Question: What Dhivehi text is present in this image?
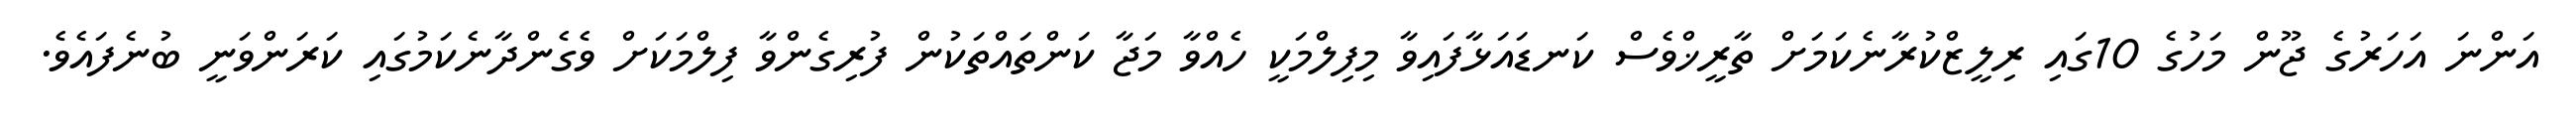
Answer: އަންނަ އަހަރުގެ ޖޫން މަހުގެ 10ގައި ރިލީޒްކުރާނެކަމަށް ތާރީޚްވެސް ކަނޑައަޅާފައިވާ މިފިލްމަކީ ހެއްވާ މަޖާ ކަންތައްތަކުން ފުރިގެންވާ ފިލްމަކަށް ވެގެންދާނެކަމުގައި ކަރަންވަނީ ބުނެފައެވެ.